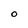
Character: O